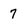
Character: 7